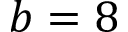
b = 8